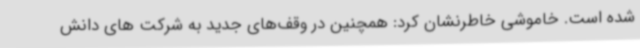
شده است. خاموشی خاطرنشان کرد: همچنین در وقف‌های جدید به شرکت های دانش